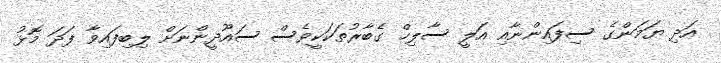
އަދި ޔަމަންގެ ސިފައިންނާއި އަލީ ސާލިހް ގެބާރުތަކަކީވެސް ސައޫދީންނަށް ލިބިފައިވާ ފަދަ މޮޅު